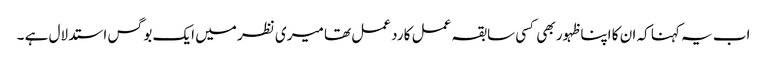
اب یہ کہنا کہ ان کا اپنا ظہور بھی کسی سابقہ عمل کا رد عمل تھا میری نظر میں ایک بوگس استدلال ہے ۔